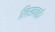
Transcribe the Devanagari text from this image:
लिखवाई।